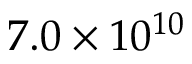
7 . 0 \times 1 0 ^ { 1 0 }